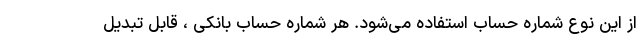
از این نوع شماره حساب استفاده می‌شود. هر شماره حساب بانکی ، قابل تبدیل